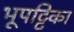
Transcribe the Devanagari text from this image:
भूपट्टिका